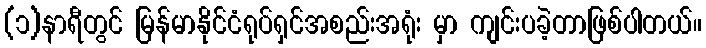
(၁)နာရီတွင် မြန်မာနိုင်ငံရုပ်ရှင်အစည်းအရုံး မှာ ကျင်းပခဲ့တာဖြစ်ပါတယ်။